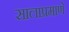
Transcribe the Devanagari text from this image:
सालाप्रमाणे